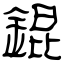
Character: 錕